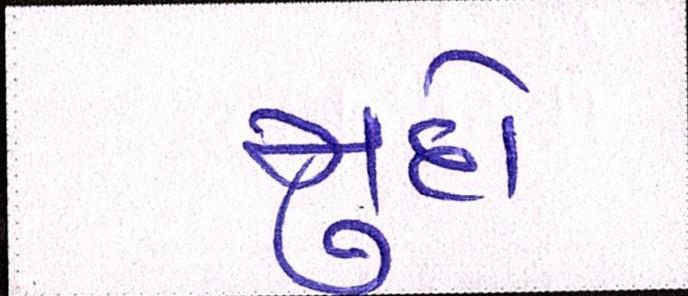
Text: મુદો